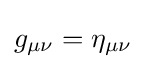
g_{\mu \nu }=\eta _{\mu \nu }